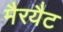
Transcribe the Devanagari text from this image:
मैरयैट